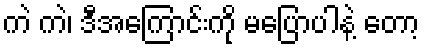
ကဲ ကဲ၊ ဒီအကြောင်းကို မပြောပါနဲ့ တော့